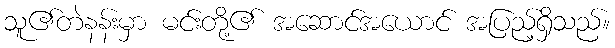
သူ၏တဲနန်းမှာ မင်းတို့၏ အဆောင်အယောင် အပြည့်ရှိသည်။